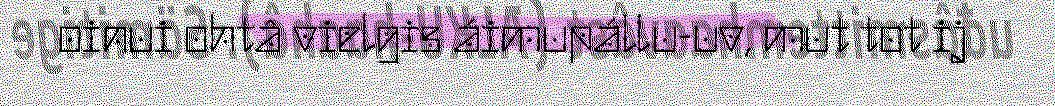
oinui ohtâ vielgis áimupállu-uv, mut tot ij